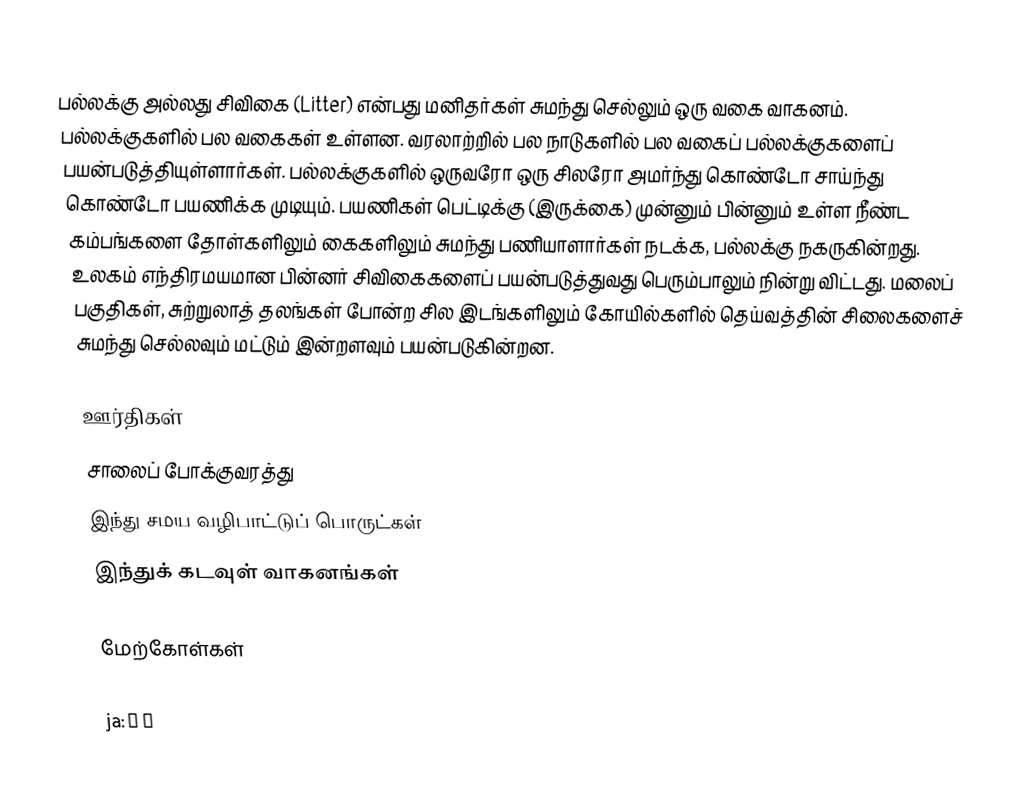
பல்லக்கு அல்லது சிவிகை (Litter) என்பது மனிதர்கள் சுமந்து செல்லும் ஒரு வகை வாகனம். பல்லக்குகளில் பல வகைகள் உள்ளன. வரலாற்றில் பல நாடுகளில் பல வகைப் பல்லக்குகளைப் பயன்படுத்தியுள்ளார்கள். பல்லக்குகளில் ஒருவரோ ஒரு சிலரோ அமர்ந்து கொண்டோ சாய்ந்து கொண்டோ பயணிக்க முடியும். பயணிகள் பெட்டிக்கு (இருக்கை) முன்னும் பின்னும் உள்ள நீண்ட கம்பங்களை தோள்களிலும் கைகளிலும் சுமந்து பணியாளார்கள் நடக்க, பல்லக்கு நகருகின்றது. உலகம் எந்திரமயமான பின்னர் சிவிகைகளைப் பயன்படுத்துவது பெரும்பாலும் நின்று விட்டது. மலைப் பகுதிகள், சுற்றுலாத் தலங்கள் போன்ற சில இடங்களிலும் கோயில்களில் தெய்வத்தின் சிலைகளைச் சுமந்து செல்லவும் மட்டும் இன்றளவும் பயன்படுகின்றன.

ஊர்திகள்
சாலைப் போக்குவரத்து
இந்து சமய வழிபாட்டுப் பொருட்கள்
இந்துக் கடவுள் வாகனங்கள்

மேற்கோள்கள்

ja:駕籠